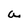
Character: a